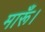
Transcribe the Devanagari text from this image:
मारूँ।